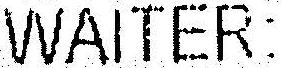
WAITER: